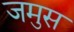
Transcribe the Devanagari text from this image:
जमुस